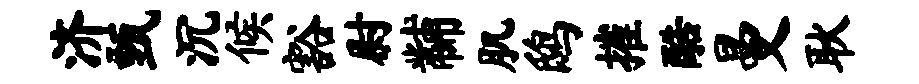
济甄沉候豁尉黼肌鸱摧酷曼耿